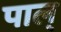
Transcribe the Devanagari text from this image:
पाल्